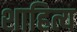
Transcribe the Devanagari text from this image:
शाहित्य